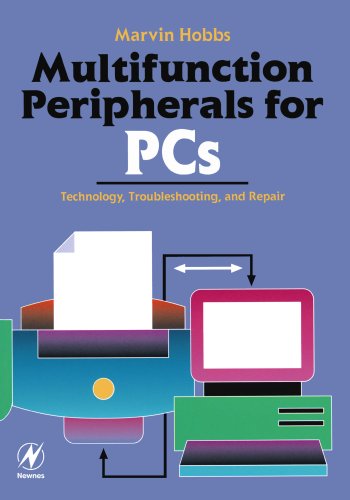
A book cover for Multifunction Peripherals for PCs: Technology, Troubleshooting and Repair; Marvin Hobbs Electronics engineer  now retired. Author of several books on electronic servicing for Sams and Prentice Hall.; Computers & Technology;